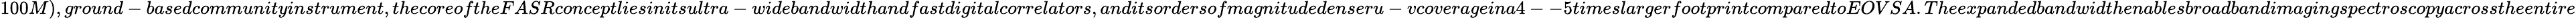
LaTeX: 100M),ground-basedcommunityinstrument,thecoreoftheFASRconceptliesinitsultra-widebandwidthandfastdigitalcorrelators,anditsordersofmagnitudedenseru-vcoverageina4--5timeslargerfootprintcomparedtoEOVSA.Theexpandedbandwidthenablesbroadbandimagingspectroscopyacrosstheentire